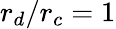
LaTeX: r_{d}/r_{c}=1